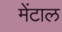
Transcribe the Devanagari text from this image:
मेंटाल